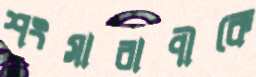
শংসাবাণীকে